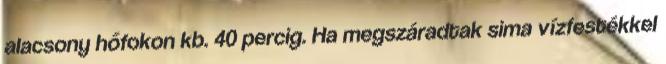
alacsony hőfokon kb. 40 percig. Ha megszáradtak sima vízfestékkel